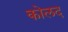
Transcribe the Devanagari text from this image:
कोलद